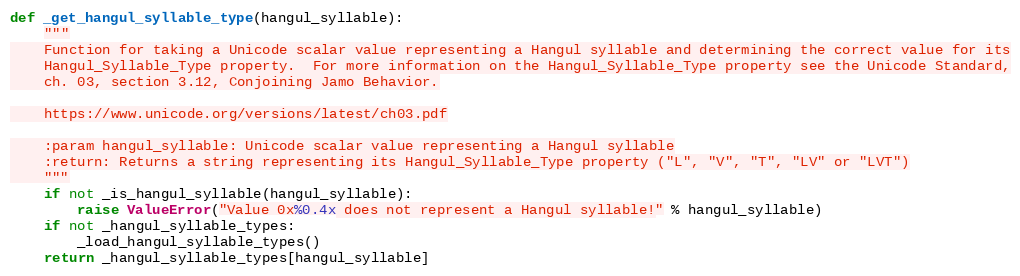
Language: Python
def _get_hangul_syllable_type(hangul_syllable):
    """
    Function for taking a Unicode scalar value representing a Hangul syllable and determining the correct value for its
    Hangul_Syllable_Type property.  For more information on the Hangul_Syllable_Type property see the Unicode Standard,
    ch. 03, section 3.12, Conjoining Jamo Behavior.

    https://www.unicode.org/versions/latest/ch03.pdf

    :param hangul_syllable: Unicode scalar value representing a Hangul syllable
    :return: Returns a string representing its Hangul_Syllable_Type property ("L", "V", "T", "LV" or "LVT")
    """
    if not _is_hangul_syllable(hangul_syllable):
        raise ValueError("Value 0x%0.4x does not represent a Hangul syllable!" % hangul_syllable)
    if not _hangul_syllable_types:
        _load_hangul_syllable_types()
    return _hangul_syllable_types[hangul_syllable]